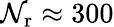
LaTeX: {\mathcal{N}_{\mathrm{{r}}}}\approx300